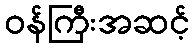
ဝန်ကြီးအဆင့်